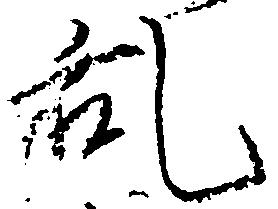
乱